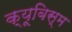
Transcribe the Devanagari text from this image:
क्यूबिस्म